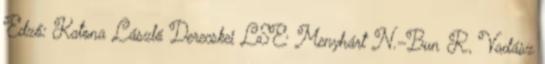
Edző: Katona László Derecskei LSE: Menyhárt N.–Bun R., Vadász